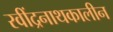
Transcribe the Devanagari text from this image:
रवींद्रनाथकालीन